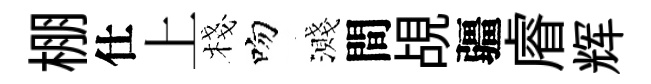
棚仕上棧吻濺間覘疆𥈠辉